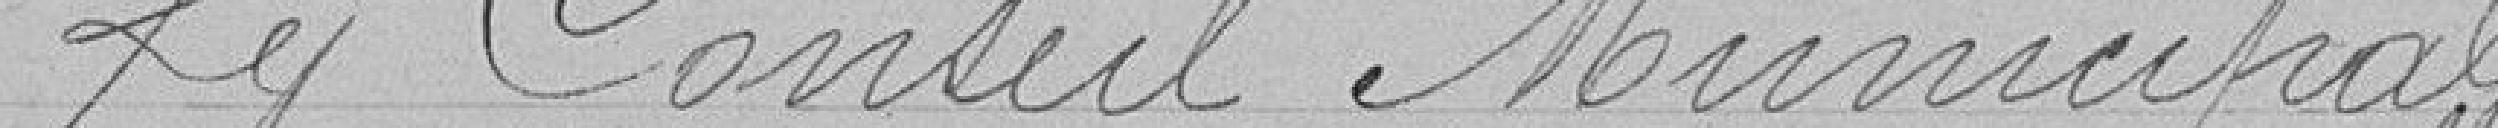
Le Conseil Municipal